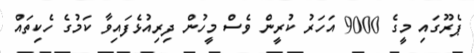
ޕެރޫގައި މީގެ 9000 އަހަރު ކުރީން ވެސް މީހުން ދިރިއުޅެފައިވާ ކަމުގެ ހެކިތައް